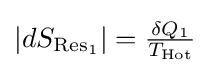
{\textstyle \left|dS_{{\text{Res}}_{1}}\right|={\frac {\delta Q_{1}}{T_{\text{Hot}}}}}